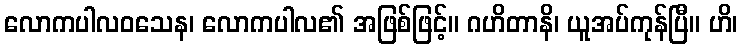
လောကပါလဝသေန၊ လောကပါလ၏ အဖြစ်ဖြင့်။ ဂဟိတာနိ၊ ယူအပ်ကုန်ပြီ။ ဟိ၊